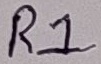
Text: R1